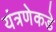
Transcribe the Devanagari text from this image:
यंत्रणेकडे